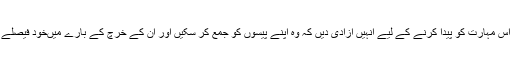
بچوں میں اس مہارت کو پیدا کرنے کے لیے انہیں آزادی دیں کہ وہ اپنے پیسوں کو جمع کر سکیں اور ان کے خرچ کے بارے میںخود فیصلے کر سکیں۔